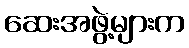
ဆေးအဖွဲ့များက